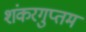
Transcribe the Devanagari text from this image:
शंकरगुप्तम